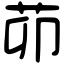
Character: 茆